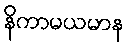
နိကာမယမာန